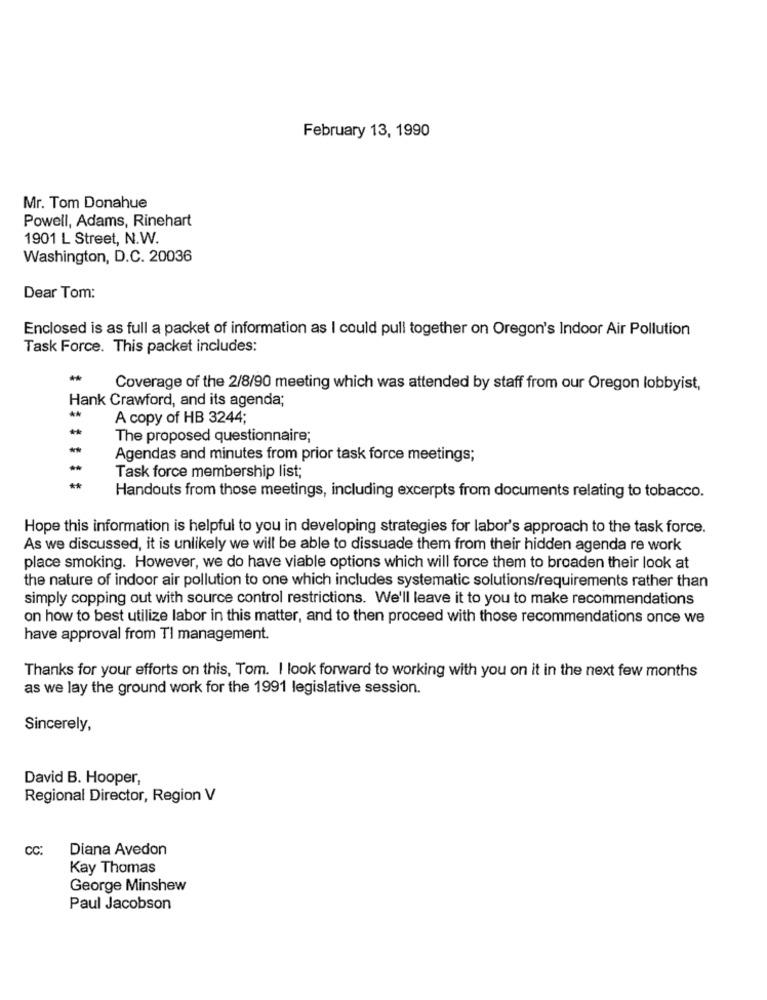
February 13, 1990
Mr. Tom Donahue
Powell, Adams, Rinehart
1901 L Street, N.W.
Washington, D.C. 20036
Dear Tom:
Enclosed is as full a packet of information as I could pull together on Oregon's Indoor Air Pollution
Task Force. This packet includes:
Coverage of the 2/8/90 meeting which was attended by staff from our Oregon lobbyist,
Hank Crawford, and its agenda;
**
A copy of HB 3244;
The proposed questionnaire;
Agendas and minutes from prior task force meetings;
Task force membership list;
**
Handouts from those meetings, including excerpts from documents relating to tobacco.
Hope this information is helpful to you in developing strategies for labor's approach to the task force.
As we discussed, it is unlikely we will be able to dissuade them from their hidden agenda re work
place smoking. However, we do have viable options which will force them to broaden their look at
the nature of indoor air pollution to one which includes systematic solutions/requirements rather than
simply copping out with source control restrictions. We'll leave it to you to make recommendations
on how to best utilize labor in this matter, and to then proceed with those recommendations once we
have approval from TI management.
Thanks for your efforts on this, Tom. I look forward to working with you on it in the next few months
as we lay the ground work for the 1991 legislative session.
Sincerely,
David B. Hooper,
Regional Director, Region V
CC:
Diana Avedon
Kay Thomas
George Minshew
Paul Jacobson